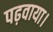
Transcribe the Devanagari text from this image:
पढ़वाया।